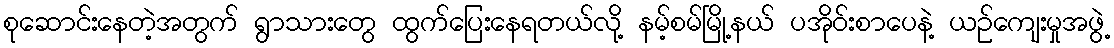
စုဆောင်းနေတဲ့အတွက် ရွာသားတွေ ထွက်ပြေးနေရတယ်လို့ နမ့်စမ်မြို့နယ် ပအိုဝ်းစာပေနဲ့ ယဉ်ကျေးမှုအဖွဲ့